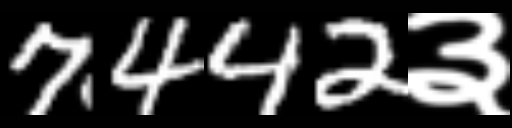
Text: 7442३